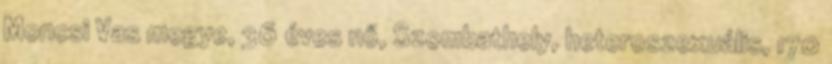
Moncsi Vas megye, 36 éves nő, Szombathely, heteroszexuális, 170